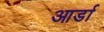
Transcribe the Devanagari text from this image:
आर्डा